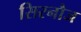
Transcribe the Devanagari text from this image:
सिरनौज